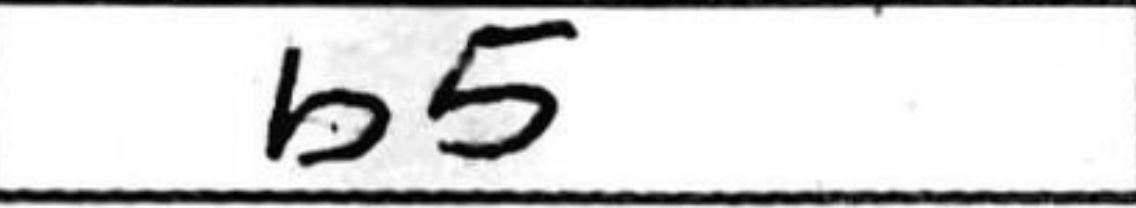
Transcription: b5